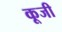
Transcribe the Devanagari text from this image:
कूजी